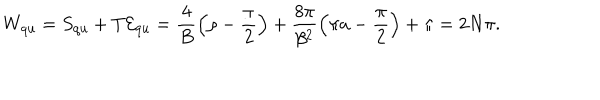
W _ { \mathrm { q u } } = S _ { \mathrm { q u } } + T { \cal E } _ { \mathrm { q u } } = \frac { 4 } { B } \left( \rho - \frac { \pi } { 2 } \right) + \frac { 8 \pi } { \beta ^ { 2 } } \left( \pi a - \frac { \pi } { 2 } \right) + \pi = 2 N \pi .